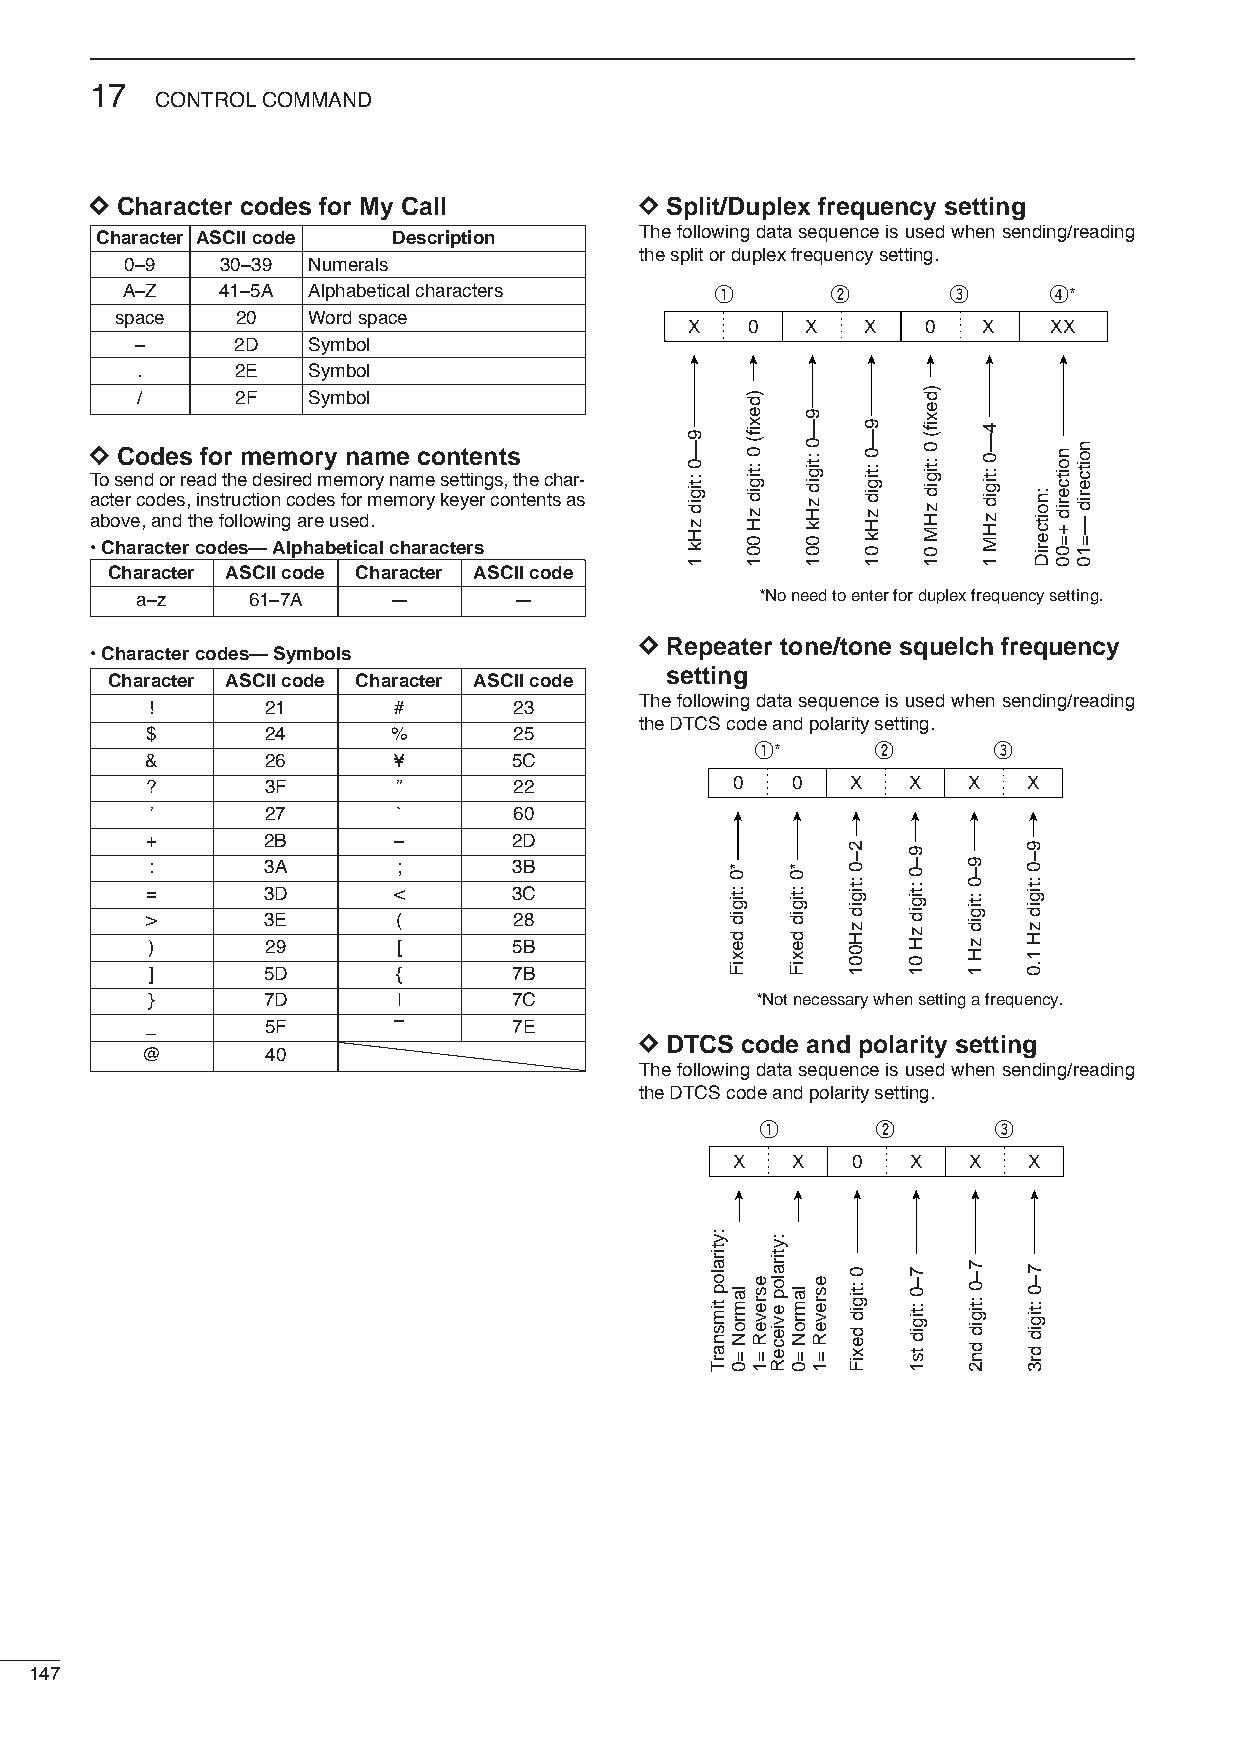
17
 CONTROLCOMMAND
 DD Character codes for My Call      DD Split/Duplex frequency setting
 Character ASCII code Description    The following data sequence is used when sending/reading
 the split or duplex frequency setting.
 0–9    30–39 Numerals
 A–Z   41–5A Alphabetical characters    q       w       e      r*
 space   20  Word space
 X   0  X   X   0   X    XX
 –     2D   Symbol
 .      2E  Symbol
 /      2F  Symbol
 DD Codes for memory name contents To send or read the desired memory name settings, the char-
 acter codes, instruction codes for memory keyer contents as above, and the following are used.
 •Charactercodes— Alphabetical characters
 Character ASCII code Character ASCII code
 a–z    61–7A     —       —               *No need to enter for duplex frequency setting.
 DD Repeater tone/tone squelch frequency
 •Charactercodes— Symbols
 setting
 Character ASCII code Character ASCII code
 The following data sequence is used when sending/reading
 !       21      #       23
 the DTCS code and polarity setting.
 $       24      %       25
 q*      w       e
 &       26      ¥       5C
 ?       3F      ”       22            0   0   X   X   X   X
 ’       27      `       60
 +      2B       –       2D
 :      3A       ;       3B
 =      3D       <       3C
 >      3E       (       28
 )       29      [       5B
 ]      5D       {       7B
 }      7D       |       7C              *Not necessary when setting a frequency.
 _       5F      –       7E
 DD DTCS code and polarity setting
 @        40
 The following data sequence is used when sending/reading
 the DTCS code and polarity setting.
 q       w       e
 X   X   0   X   X   X
 147
 9—0
 :tigid
 zHk
 1
 :ytiralop
 timsnarT
 *0
 :tigid
 dexiF
 lamroN
 =0
 )dexif(
 0 :tigid
 zH
 001
 esreveR
 =1
 :ytiralop
 evieceR
 *0
 :tigid
 dexiF
 lamroN
 =0
 9—0
 :tigid
 zHk
 001
 esreveR
 =1
 2–0
 :tigid
 zH001
 0
 :tigid
 dexiF
 9—0
 :tigid
 zHk
 01
 9–0
 :tigid
 zH
 01
 7–0
 :tigid
 ts1
 )dexif(
 0 :tigid
 zHM
 01
 9–0
 :tigid
 zH
 1
 7–0
 :tigid
 dn2
 4—0
 :tigid
 zHM
 1
 9–0
 :tigid
 zH
 1.0
 7–0
 :tigid
 dr3
 :noitceriD
 noitcerid
 +=00
 noitcerid
 —=10